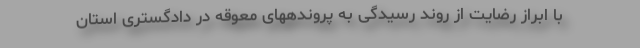
با ابراز رضایت از روند رسیدگی به پروندههای معوقه در دادگستری استان